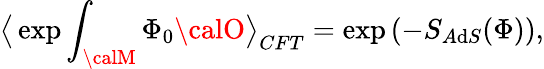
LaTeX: \big<\exp\int_{\calM}\Phi_{0}{\calO}\big>_{CFT}=\exp\left(-S_{A\mathrm{d}S}(\Phi)\right),